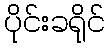
ပိုင်းခရိုင်